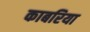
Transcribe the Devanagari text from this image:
काबरिया